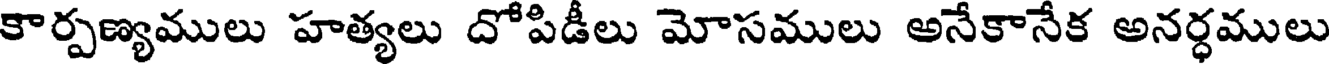
కార్పణ్యములు హత్యలు దోపిడీలు మోసములు అనేకానేక అనర్ధములు